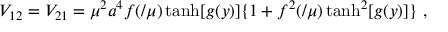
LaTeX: V _ { 1 2 } = V _ { 2 1 } = \mu ^ { 2 } a ^ { 4 } f ( \l / \mu ) \operatorname { t a n h } [ g ( y ) ] \{ 1 + f ^ { 2 } ( \l / \mu ) \operatorname { t a n h } ^ { 2 } [ g ( y ) ] \} ~ ,